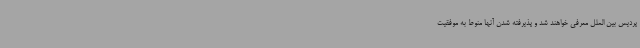
پردیس بین الملل معرفی خواهند شد و پذیرفته شدن آنها منوط به موفقیت